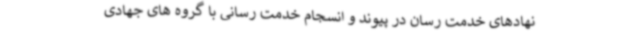
نهادهای خدمت رسان در پیوند و انسجام خدمت رسانی با گروه های جهادی